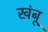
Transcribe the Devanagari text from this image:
खंबू